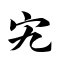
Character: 宄